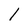
Character: l